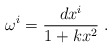
\begin{align*}\omega^{i} = \frac{dx^{i}}{1 + kx^{2}}\;. \end{align*}